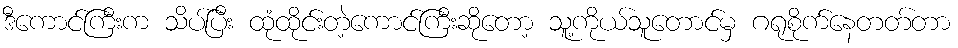
ဒီကောင်ကြီးက သိပ်ပြီး ထုံထိုင်းတဲ့ကောင်ကြီးဆိုတော့ သူ့ကိုယ်သူတောင်မှ ဂရုစိုက်နေတတ်တာ